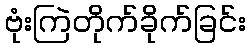
ဗုံးကြဲတိုက်ခိုက်ခြင်း